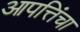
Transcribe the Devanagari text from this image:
आपत्तिंचा